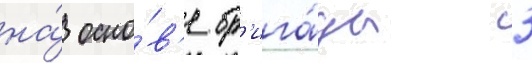
на́ осно́в'е бр'ига́ды 3